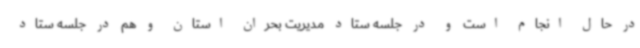
در حال انجام است و در جلسه ستاد مدیریت بحران استان و هم در جلسه ستاد